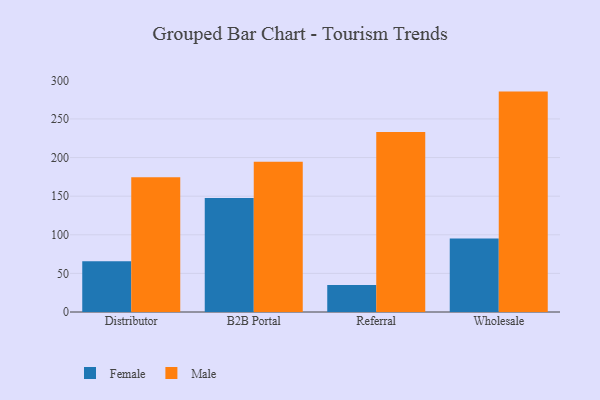
{"axis": {"x": "Channel", "y": "Tickets Resolved"}, "legend": ["Female", "Male"], "data": [{"x": "Distributor", "y": 65.7, "type": "Female"}, {"x": "Distributor", "y": 174.5, "type": "Male"}, {"x": "B2B Portal", "y": 147.7, "type": "Female"}, {"x": "B2B Portal", "y": 194.4, "type": "Male"}, {"x": "Referral", "y": 35.1, "type": "Female"}, {"x": "Referral", "y": 233.0, "type": "Male"}, {"x": "Wholesale", "y": 95.2, "type": "Female"}, {"x": "Wholesale", "y": 285.4, "type": "Male"}]}